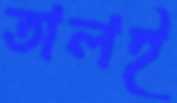
তালই